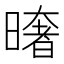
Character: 𭧤